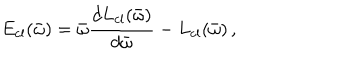
LaTeX: E _ { \mathrm { c l } } ( \bar { \omega } ) = \bar { \omega } \frac { d L _ { \mathrm { c l } } ( \bar { \omega } ) } { d \bar { \omega } } - L _ { \mathrm { c l } } ( \bar { \omega } ) \, ,